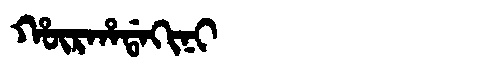
Manchu: ᡥᡡᡵᡥᠠᡩᠠᡴᡳᠨᡳ
Romanization: HŪRHADAKINI